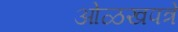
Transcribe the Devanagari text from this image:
ओळखपत्रे